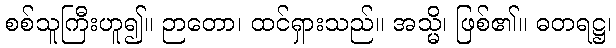
စစ်သူကြီးဟူ၍။ ဉာတော၊ ထင်ရှားသည်။ အသ္မိ၊ ဖြစ်၏။ ဓတရဋ္ဌ၊